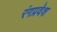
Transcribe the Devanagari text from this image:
रंगप्रवेश